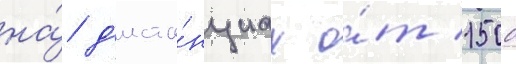
на́ д'иста́нциах о́т 1500